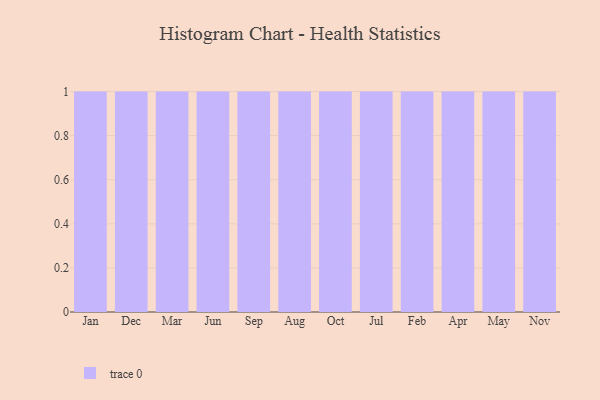
{"axis": {"x": "Month", "y": "Gross Profit (USD K)"}, "legend": [""], "data": [{"x": "Jan", "y": 61, "type": ""}, {"x": "Dec", "y": 49, "type": ""}, {"x": "Mar", "y": 67, "type": ""}, {"x": "Jun", "y": 74, "type": ""}, {"x": "Sep", "y": 99, "type": ""}, {"x": "Aug", "y": 10, "type": ""}, {"x": "Oct", "y": 73, "type": ""}, {"x": "Jul", "y": 1, "type": ""}, {"x": "Feb", "y": 22, "type": ""}, {"x": "Apr", "y": 16, "type": ""}, {"x": "May", "y": 92, "type": ""}, {"x": "Nov", "y": 93, "type": ""}]}